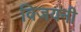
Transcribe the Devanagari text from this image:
विजयनी